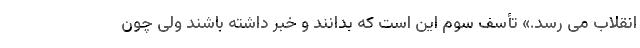
انقلاب می رسد.» تأسف سوم این است که بدانند و خبر داشته باشند ولی چون